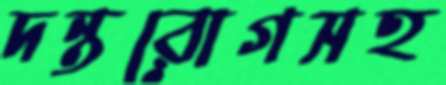
দন্তরোগসহ